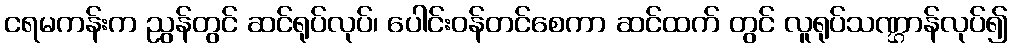
ငရမကန်းက ညွန်တွင် ဆင်ရုပ်လုပ်၊ ပေါင်းဝန်တင်စေကာ ဆင်ထက် တွင် လူရုပ်သဏ္ဌာန်လုပ်၍